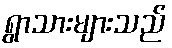
ရွာသားများသည်